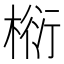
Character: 椼